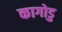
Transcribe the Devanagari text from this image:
कागोडु